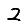
Digit: 2